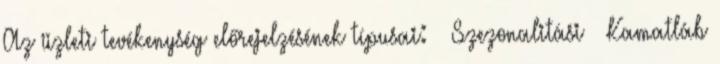
Az üzleti tevékenység előrejelzésének típusai: ◦ Szezonalitási ◦ Kamatláb